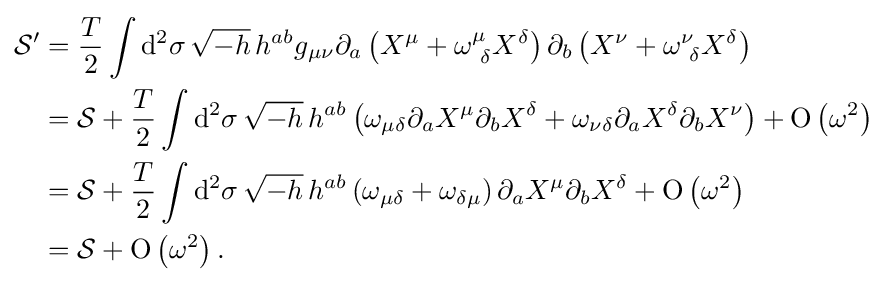
{\begin{aligned}{\mathcal {S}}'&={T \over 2}\int \mathrm {d} ^{2}\sigma \,{\sqrt {-h}}\,h^{ab}g_{\mu \nu }\partial _{a}\left(X^{\mu }+\omega _{\ \delta }^{\mu }X^{\delta }\right)\partial _{b}\left(X^{\nu }+\omega _{\ \delta }^{\nu }X^{\delta }\right)\\&={\mathcal {S}}+{T \over 2}\int \mathrm {d} ^{2}\sigma \,{\sqrt {-h}}\,h^{ab}\left(\omega _{\mu \delta }\partial _{a}X^{\mu }\partial _{b}X^{\delta }+\omega _{\nu \delta }\partial _{a}X^{\delta }\partial _{b}X^{\nu }\right)+\operatorname {O} \left(\omega ^{2}\right)\\&={\mathcal {S}}+{T \over 2}\int \mathrm {d} ^{2}\sigma \,{\sqrt {-h}}\,h^{ab}\left(\omega _{\mu \delta }+\omega _{\delta \mu }\right)\partial _{a}X^{\mu }\partial _{b}X^{\delta }+\operatorname {O} \left(\omega ^{2}\right)\\&={\mathcal {S}}+\operatorname {O} \left(\omega ^{2}\right).\end{aligned}}